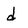
Character: d